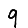
Digit: 9